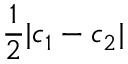
\frac { 1 } { 2 } | c _ { 1 } - c _ { 2 } |